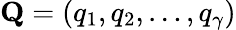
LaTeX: \mathbf{Q}=(q_{1},q_{2},\ldots,q_{\gamma})